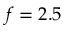
f = 2 . 5